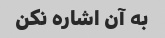
به آن اشاره نکن